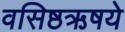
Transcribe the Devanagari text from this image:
वसिष्ठऋषये